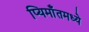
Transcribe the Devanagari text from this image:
प्यिमाँतमध्ये